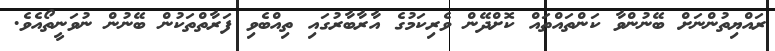
ރައްޔިތުންނަށް ބޭނުންވާ ކަންތައްތައް ކޮށްދޭން ވެރިކަމުގެ އާރާބާރުގައި ތިއްބެވި ފަރާތްތަކުން ބޭނުން ނުވަނީތޯއެވެ.